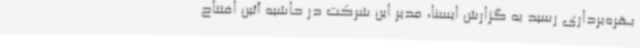
بهره‌برداری رسید به گزارش ایسنا، مدیر این شرکت در حاشیه آئین افتتاح